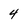
Character: 4